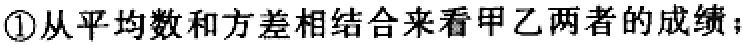
\textcircled{1}从平均数和方差相结合来看甲乙两者的成绩；